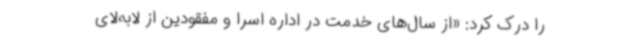
را درک کرد: «از سال‌های خدمت در اداره‌ اسرا و مفقودین از لابه‌لای